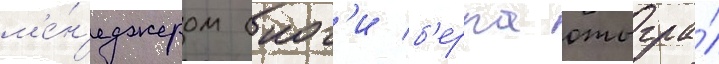
м'е́н'еджером (иог'и б'ерра отыгра́л